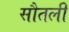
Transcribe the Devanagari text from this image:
सौतली